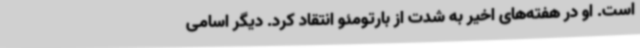
است. او در هفته‌های اخیر به شدت از بارتومئو انتقاد کرد. دیگر اسامی